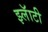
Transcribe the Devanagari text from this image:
झ्लॅाटी